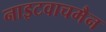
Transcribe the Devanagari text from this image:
नाइटवाचमैन